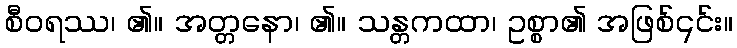
စီဝရဿ၊ ၏။ အတ္တနော၊ ၏။ သန္တကထာ၊ ဥစ္စာ၏ အဖြစ်၎င်း။